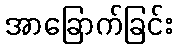
အာခြောက်ခြင်း